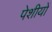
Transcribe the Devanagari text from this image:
पेशीयों